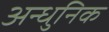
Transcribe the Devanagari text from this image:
अन्धुनिक